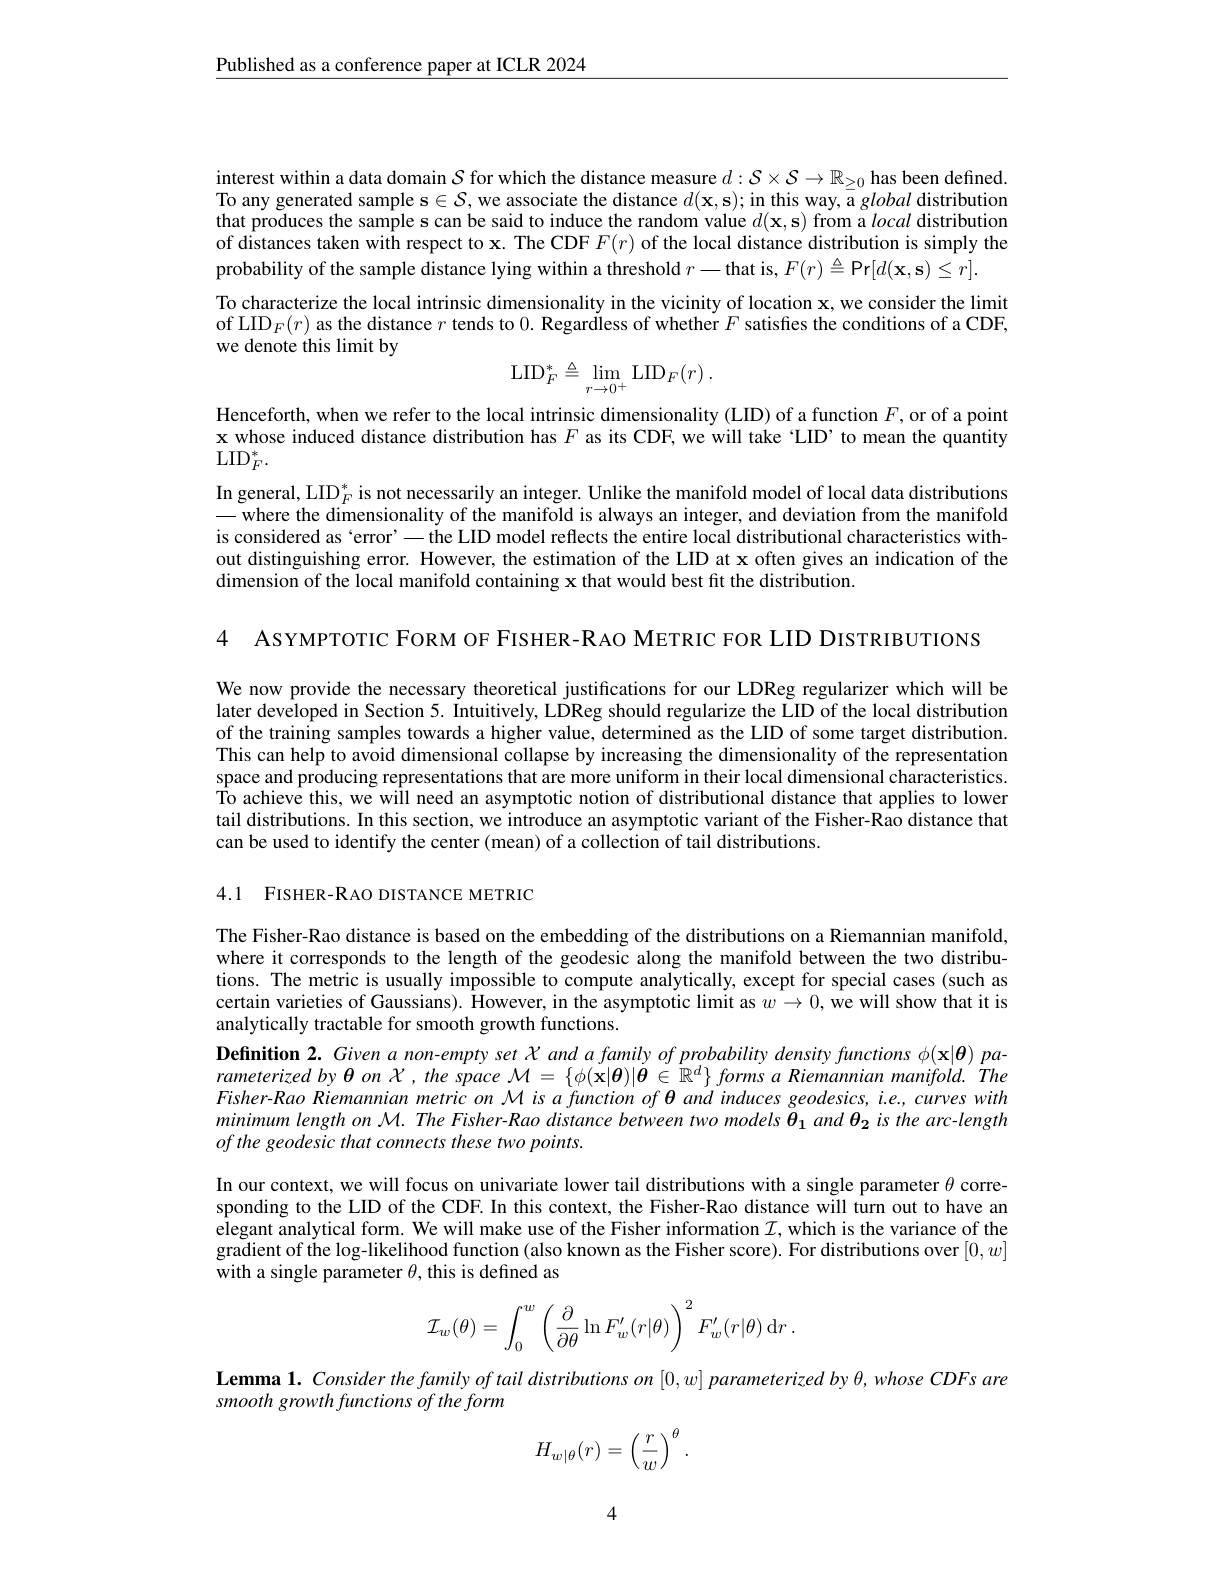
$\underline{\text{Published as a conference paper at ICLR 2024}}$

interest within a data domain $S$ for which the distance measure $d:\mathcal{S}\times\mathcal{S}\to\mathbb{R}_{\geq0}$ has been defined. To any generated sample s$\in\mathcal{S}$,we associate the distance $d(\mathbf{x},\mathbf{s});$ in this way, a global distribution that produces the sample s can be said to induce the random value $d(\mathbf{x},\mathbf{s})$ from a local distribution of distances taken with respect to x. The CDF $F(r)$ of the local distance distribution is simply the probability of the sample distance lying within a threshold $r-$that is, $F(r)\triangleq$Pr$[d(\mathbf{x},\mathbf{s})\leq r].$
To characterize the local intrinsic dimensionality in the vicinity of location x, we consider the limit of LID$_F(r)$ as the distance $r$ tends to $0. \textbf{ Regardiess of whether }F$ satisfies the conditions of a CDF, we denote this limit by
$$\mathrm{LID}_{F}^{*}\triangleq\lim_{r\to0^{+}}\mathrm{LID}_{F}(r)\:.$$
Henceforth, when we refer to the local intrinsic dimensionality (LID) of a function $F$,or of a point $\mathbf{x}$ whose induced distance distribution has $F$ as its CDF, we will take 'LID’to mean the quantity $\mathrm{LID}_{F}^{*}.$

In general, LID$_F^*$ is not necessarily an integer. Unlike the manifold model of local data distributions -where the dimensionality of the manifold is always an integer, and deviation from the manifold is considered as `error' - the LID model reflects the entire local distributional characteristics without distinguishing error. However, the estimation of the LID at x often gives an indication of the dimension of the local manifold containing x that would best fit the distribution.

4 ASYMPTOTIC FORM OF FISHER-RAO METRIC FOR LID DISTRIBUTIONS

We now provide the necessary theoretical justifications for our LDReg regularizer which will be later developed in Section 5. Intuitively, LDReg should regularize the LID of the local distribution of the training samples towards a higher value, determined as the LID of some target distribution. This can help to avoid dimensional collapse by increasing the dimensionality of the representation space and producing representations that are more uniform in their local dimensional characteristics. $\hat{\text{To achieve this, we will need an asymptotic notion of distributional distance that applies to lower}}$ tail distributions. In this section, we introduce an asymptotic variant of the Fisher-Rao distance that can be used to identify the center (mean) of a collection of tail distributions.

4.1 FISHER-RAO DISTANCE METRIC

The Fisher-Rao distance is based on the embedding of the distributions on a Riemannian manifold, where it corresponds to the length of the geodesic along the manifold between the two distributions. The metric is usually impossible to compute analytically, except for special cases (such as certain varieties of Gaussians). However, in the asymptotic limit as $w\to0$, we will show that it is analytically tractable for smooth growth functions.
Definition 2. Given a non-empty set $\chi$ and a family of probability density functions $\phi(\mathbf{x}|\boldsymbol{\theta})$ parameterized by $\theta$ on $\mathcal{X}$, the space $\mathcal{M}=\{\phi(\mathbf{x}|\boldsymbol{\theta})|\check{\boldsymbol{\theta}}\in\mathbb{R}^d\}$ forms $a$ Riemannian manifold. The Fisher-Rao Riemannian metric on M is a function of θ and induces geodesics, i.e., curves with minimum length on $\mathcal{M} . \textit{The Fisher- Rao distance between two models }\bar{\boldsymbol{\theta }} _{1}$ and $\boldsymbol{\theta}_{2}$ is the arc-length of the geodesic that connects these two points.
In our context, we will focus on univariate lower tail distributions with a single parameter $\theta$ corresponding to the LID of the CDF. In this context, the Fisher-Rao distance will turn out to have an elegant analytical form. We will make use of the Fisher information $\mathcal{I}$, which is the variance of the gradient of the log-likelihood function ( also known as the Fisher score). For distributions over $[0,w]$ with a single parameter $\theta$, this is defined as
$$\mathcal{I}_w(\theta)=\int_0^w\left(\frac{\partial}{\partial\theta}\ln F_w'(r|\theta)\right)^2F_w'(r|\theta)\:\mathrm{d}r\:.$$
Lemma 1. Consider the family of tail distributions on $[0,w]$ parameterized by $\theta,whose$ CDFs are
smooth growth functions of the form
$$H_{w|\theta}(r)=\left(\frac{r}{w}\right)^{\theta}.$$
4